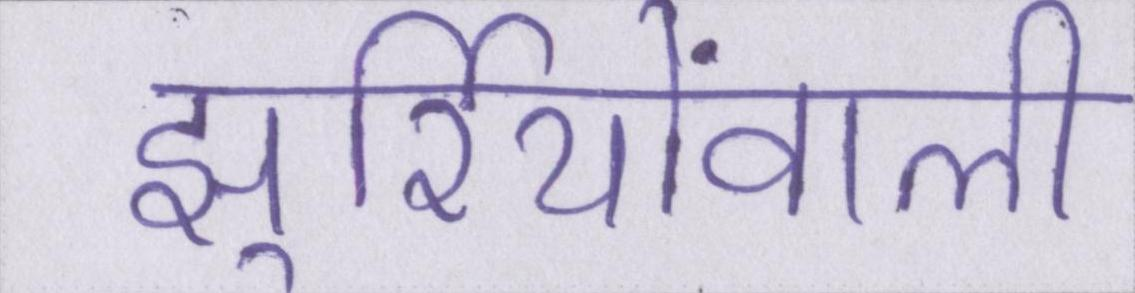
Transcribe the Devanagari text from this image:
झुर्रियोंवाली